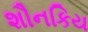
શૌનકિય